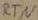
Text: RTN